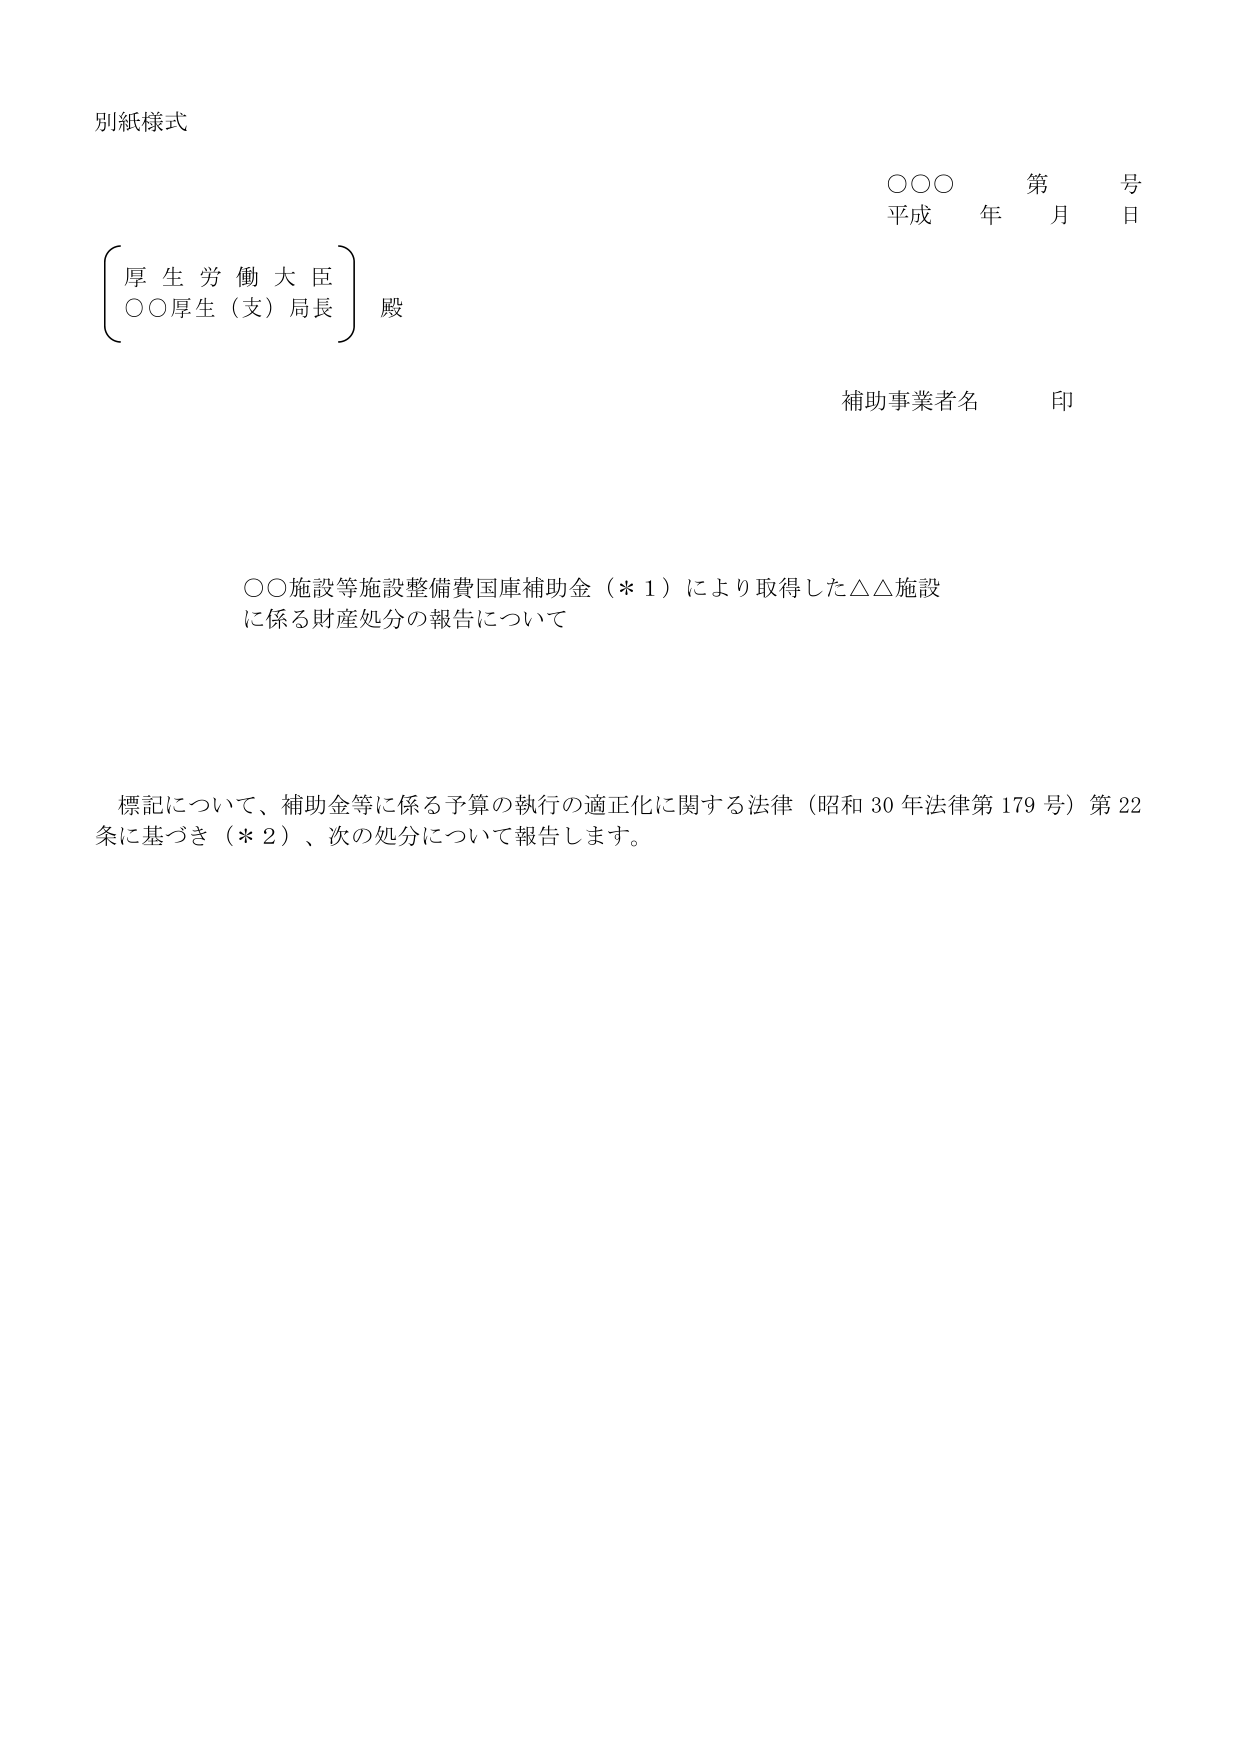
別紙様式

○○○ 第 号
平成 年 月 日

（厚生労働大臣）
○○厚生（支）局長 殿

補助事業者名 印

○○施設等施設整備費国庫補助金（＊１）により取得した△△施設
に係る財産処分の報告について

標記について、補助金等に係る予算の執行の適正化に関する法律（昭和30年法律第179号）第22条に基づき（＊２）、次の処分について報告します。